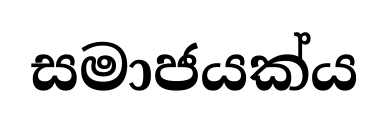
සමාජයක්ය